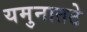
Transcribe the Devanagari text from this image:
यमुनातटे